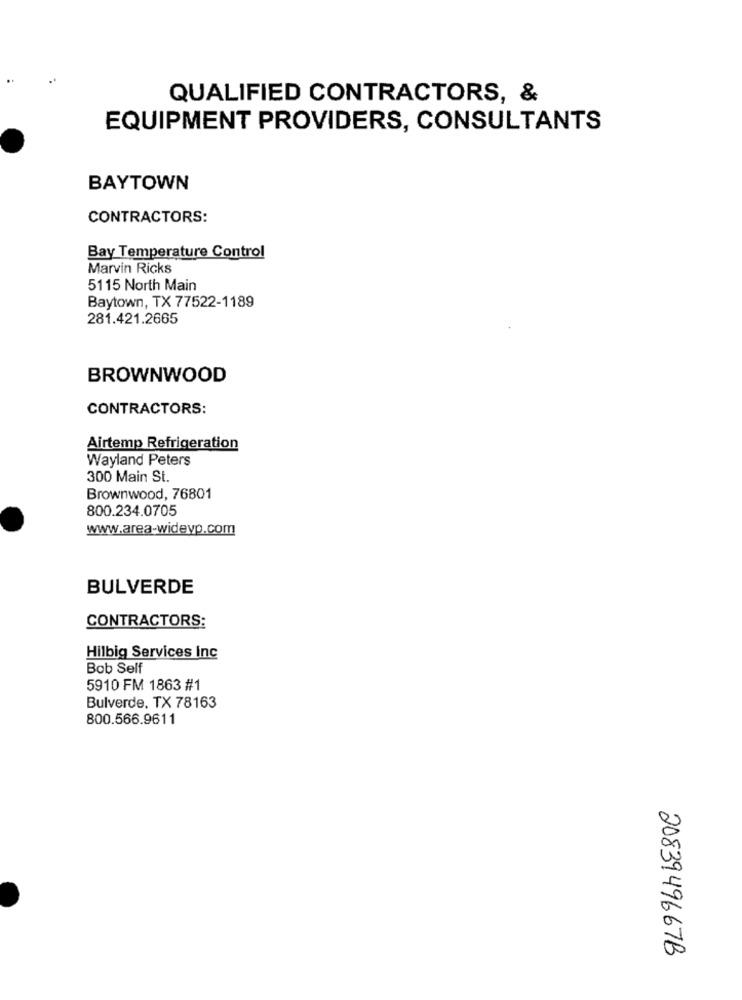
QUALIFIED CONTRACTORS, &
EQUIPMENT PROVIDERS, CONSULTANTS
BAYTOWN
CONTRACTORS:
Bay Temperature Control
Marvin Ricks
5115 North Main
Baytown, TX 77522-1189
281.421.2665
BROWNWOOD
CONTRACTORS:
Airtemp Refrigeration
Wayland Peters
300 Main St.
Brownwood, 76801
800.234.0705
www.area-wideyp.com
BULVERDE
CONTRACTORS:
Hilbig Services Inc
Bob Self
5910 FM 1863 #1
Bulverde, TX 78163
800.566.9611
2083949667B